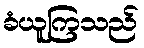
ခံယူကြသည်